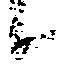
候